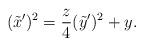
LaTeX: \begin{align*}(\tilde{x}^{\prime})^2=\frac{z}{4}(\tilde{y}^{\prime})^2+y .\end{align*}